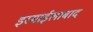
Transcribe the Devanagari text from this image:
इस्माईलाबाद